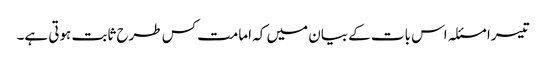
تیسرا مسئلہ اس بات کے بیان میں کہ امامت کس طرح ثابت ہوتی ہے۔